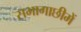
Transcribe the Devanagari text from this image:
सभागाछीमें